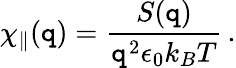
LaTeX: \chi_{\parallel}(\mathtt{q})=\frac{{S(\mathtt{q})}}{{\mathtt{q}^{2}\epsilon_{0}k_{B}T}}\, .